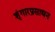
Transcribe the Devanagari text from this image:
शृंगारप्रसाधन